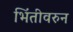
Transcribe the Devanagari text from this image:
भिंतीवरुन